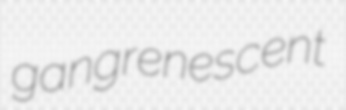
gangrenescent